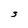
Character: S